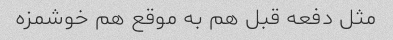
مثل دفعه قبل هم به موقع هم خوشمزه